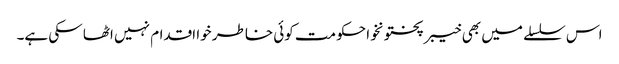
اس سلسلے میں بھی خیبر پختونخوا حکومت کوئی خاطر خوا اقدام نہیں اٹھا سکی ہے۔